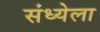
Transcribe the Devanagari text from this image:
संध्येला